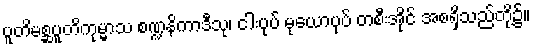
ပူတိမစ္ဆပူတိကုမ္မာသ စဏ္ဍနိကာဒီသု၊ ငါးပုပ် မုယောပုပ် တစီးအိုင် အစရှိသည်တို့၌။